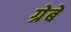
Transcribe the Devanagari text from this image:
ग्रेबे